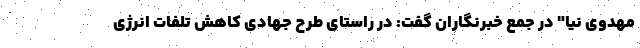
مهدوی نیا" در جمع خبرنگاران گفت: در راستای طرح جهادی کاهش تلفات انرژی